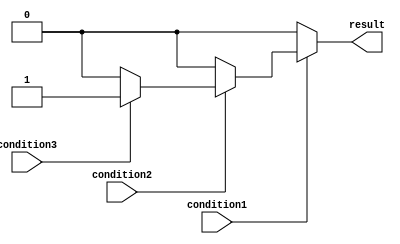
module nested_if_else_statement(
    input wire condition1,
    input wire condition2,
    input wire condition3,
    output reg result
);

always @(condition1 or condition2 or condition3)
begin
    if(condition1)
    begin
        if(condition2)
        begin
            if(condition3)
                result <= 1;
            else
                result <= 0;
        end
        else
            result <= 0;
    end
    else
        result <= 0;
end

endmodule